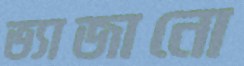
ভ্যাজানো